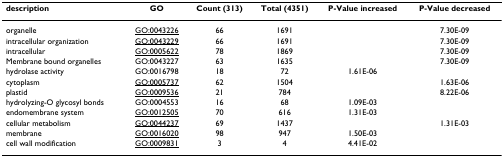
<table><thead><tr><td><b>description</b></td><td><b>GO</b></td><td><b>Count (313)</b></td><td><b>Total (4351)</b></td><td><b>P-Value increased</b></td><td><b>P-Value decreased</b></td></tr></thead><tbody><tr><td>organelle</td><td><underline>GO:0043226</underline></td><td>66</td><td>1691</td><td>[EMPTY_CELL]</td><td>7.30E-09</td></tr><tr><td>intracellular organization</td><td><underline>GO:0043229</underline></td><td>66</td><td>1691</td><td>[EMPTY_CELL]</td><td>7.30E-09</td></tr><tr><td>intracellular</td><td><underline>GO:0005622</underline></td><td>78</td><td>1869</td><td>[EMPTY_CELL]</td><td>7.30E-09</td></tr><tr><td>Membrane bound organelles</td><td>GO:0043227</td><td>63</td><td>1635</td><td>[EMPTY_CELL]</td><td>7.30E-09</td></tr><tr><td>hydrolase activity</td><td>GO:0016798</td><td>18</td><td>72</td><td>1.61E-06</td><td>[EMPTY_CELL]</td></tr><tr><td>cytoplasm</td><td><underline>GO:0005737</underline></td><td>62</td><td>1504</td><td>[EMPTY_CELL]</td><td>1.63E-06</td></tr><tr><td>plastid</td><td><underline>GO:0009536</underline></td><td>21</td><td>784</td><td>[EMPTY_CELL]</td><td>8.22E-06</td></tr><tr><td>hydrolyzing-O glycosyl bonds</td><td>GO:0004553</td><td>16</td><td>68</td><td>1.09E-03</td><td>[EMPTY_CELL]</td></tr><tr><td>endomembrane system</td><td><underline>GO:0012505</underline></td><td>70</td><td>616</td><td>1.31E-03</td><td>[EMPTY_CELL]</td></tr><tr><td>cellular metabolism</td><td><underline>GO:0044237</underline></td><td>69</td><td>1437</td><td>[EMPTY_CELL]</td><td>1.31E-03</td></tr><tr><td>membrane</td><td><underline>GO:0016020</underline></td><td>98</td><td>947</td><td>1.50E-03</td><td>[EMPTY_CELL]</td></tr><tr><td>cell wall modification</td><td><underline>GO:0009831</underline></td><td>3</td><td>4</td><td>4.41E-02</td><td>[EMPTY_CELL]</td></tr></tbody></table>